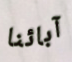
آبائنا